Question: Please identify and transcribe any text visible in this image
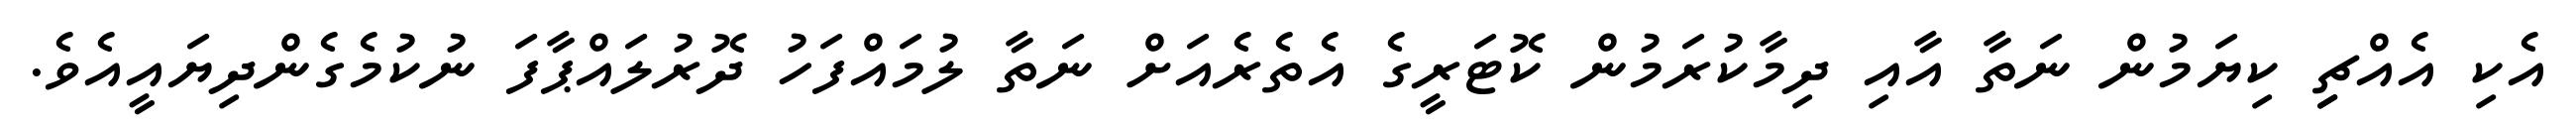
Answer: އެކި އެއްޗިި ކިޔަމުން ނަތާ އާއި ދިމާކުރަމުން ކޮޓަރީގެ އެތެރެއަށް ނަތާ ލުމައްފަހު ދޮރުލައްޕާފަ ނުކުމެގެންދިޔައީއެވެ.